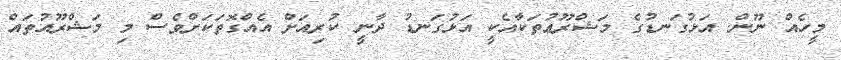
މީހެއް ނޫން. އަޅުގަނޑުގެ މަޝްރޫޢުތަކާއެކީ އަޅުގަނޑު ދާނީ ކުރިއަށް އެއްގޮތަކަށްވެސް މި މަޝްރޫއުތައް